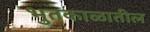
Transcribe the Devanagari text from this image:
भुतकाळातील